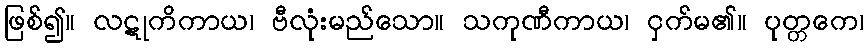
ဖြစ်၍။ လဋုကိကာယ၊ ဗီလုံးမည်သော။ သကုဏီကာယ၊ ငှက်မ၏။ ပုတ္တကေ၊